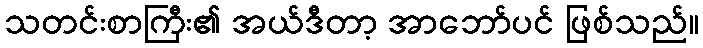
သတင်းစာကြီး၏ အယ်ဒီတာ့ အာဘော်ပင် ဖြစ်သည်။